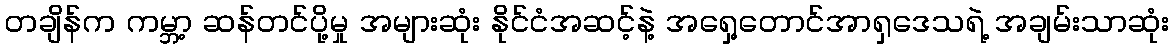
တချိန်က ကမ္ဘာ့ ဆန်တင်ပို့မှု အများဆုံး နိုင်ငံအဆင့်နဲ့ အရှေ့တောင်အာရှဒေသရဲ့ အချမ်းသာဆုံး